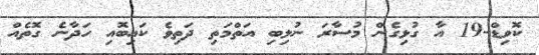
ކޮވިޑް-19 އާ ގުޅިގެން މުސާރަ ނުލިބި އަތްމަތި ދަތިވެ ކައިބޮއި ހަދާނެ ގޮތެއް